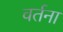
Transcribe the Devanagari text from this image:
वर्तना